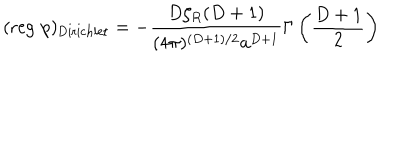
( \mathrm { r e g } \, \, p ) _ { \mathrm { D i r i c h l e t } } = - \frac { D \zeta _ { R } ( D + 1 ) } { ( 4 \pi ) ^ { ( D + 1 ) / 2 } a ^ { D + 1 } } \Gamma \left( \frac { D + 1 } { 2 } \right)